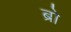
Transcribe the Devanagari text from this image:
ब्राे